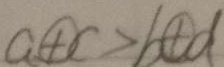
a \textcircled { + } c > b \textcircled { + } d